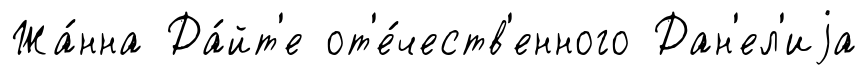
Жа́нна Да́йт'е от'е́честв'енного Дан'ел'иjа